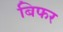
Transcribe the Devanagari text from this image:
बिफर